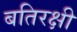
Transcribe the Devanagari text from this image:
बतिरक्षी